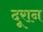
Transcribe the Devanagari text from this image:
दूरान